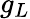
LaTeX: g_{L}